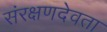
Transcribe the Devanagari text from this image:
संरक्षणदेवता